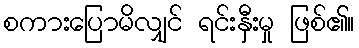
စကားပြောမိလျှင် ရင်းနှီးမှု ဖြစ်၏။